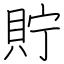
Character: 貯